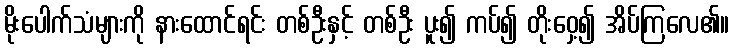
မိုးပေါက်သံများကို နားထောင်ရင်း တစ်ဦးနှင့် တစ်ဦး ပူး၍ ကပ်၍ တိုးဝှေ့၍ အိပ်ကြလေ၏။